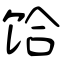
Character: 饸